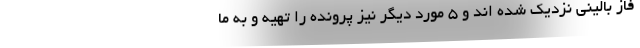
فاز بالینی نزدیک شده اند و 5 مورد دیگر نیز پرونده را تهیه و به ما